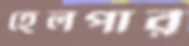
হেলপার